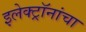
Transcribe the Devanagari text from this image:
इलेक्ट्रॉनांचा